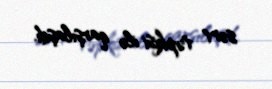
sərt təpkisi ilə qarşılaşdı.